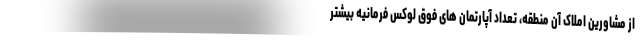
از مشاورین املاک آن منطقه، تعداد آپارتمان های فوق لوکس فرمانیه بیشتر